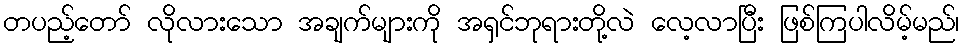
တပည့်တော် လိုလားသော အချက်များကို အရှင်ဘုရားတို့လဲ လေ့လာပြီး ဖြစ်ကြပါလိမ့်မည်၊